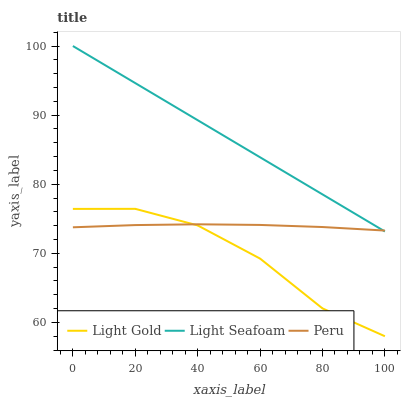
| xaxis_label | Light Gold | Light Seafoam | Peru |
 | --- | --- | --- | --- |
 | 0 | 76.4 | 100 | 73.8 |
 | 20 | 76.4 | 94.6 | 74.1 |
 | 40 | 74 | 89.3 | 74.2 |
 | 60 | 69.2 | 83.9 | 74.1 |
 | 80 | 62 | 78.5 | 73.8 |
 | 100 | 58 | 73.2 | 73.3 |